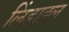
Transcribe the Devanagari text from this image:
लिंडाह्ल